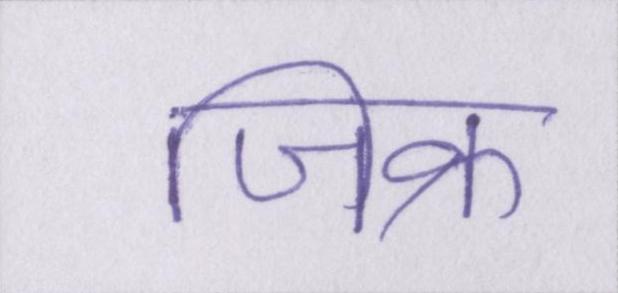
जिक्र